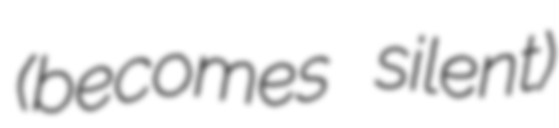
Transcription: (becomes silent)